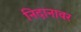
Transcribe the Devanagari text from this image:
निदानावर